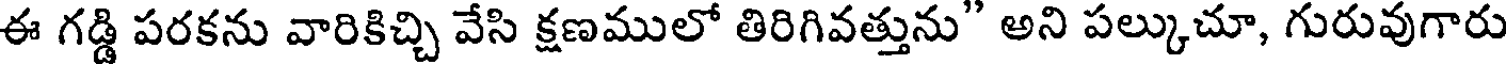
ఈ గడ్డి పరకను వారికిచ్చి వేసి క్షణములో తిరిగివత్తును" అని పల్కుచూ, గురువుగారు